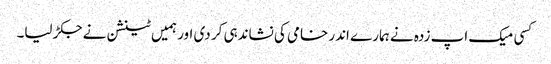
کسی میک اپ زدہ نے ہمارے اندر خامی کی نشاندہی کر دی اور ہمیں ٹینشن نے جکڑ لیا۔